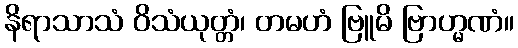
နိရာသာသံ ဝိသံယုတ္တံ၊ တမဟံ ဗြူမိ ဗြာဟ္မဏံ။